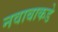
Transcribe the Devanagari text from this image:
नवाबाकडे